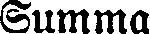
Summa